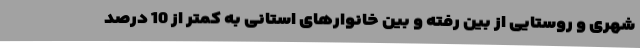
شهری و روستایی از بین رفته و بین خانوارهای استانی به کمتر از 10 درصد